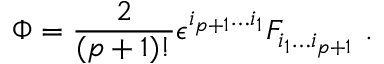
\Phi = { \frac { 2 } { ( p + 1 ) ! } } \epsilon ^ { i _ { p + 1 } \dots i _ { 1 } } F _ { i _ { 1 } \dots i _ { p + 1 } } \ .